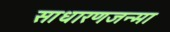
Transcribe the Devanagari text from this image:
साधारणजन्मा